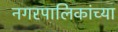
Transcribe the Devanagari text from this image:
नगरपालिकांच्या